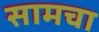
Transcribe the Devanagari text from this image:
सामचा